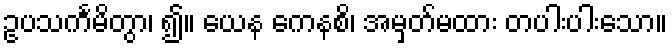
ဥပသင်္ကမိတွာ၊ ၍။ ယေန ကေနစိ၊ အမှတ်မထား တပါးပါးသော။